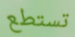
تستطع